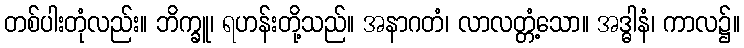
တစ်ပါးတုံလည်း။ ဘိက္ခူ၊ ရဟန်းတို့သည်။ အနာဂတံ၊ လာလတ္တံ့သော။ အဒ္ဓါနံ၊ ကာလ၌။